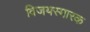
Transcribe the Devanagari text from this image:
विजयस्मारक